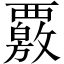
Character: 覈